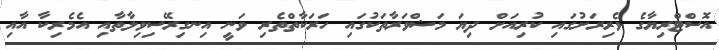
އޮސްޓްރިޔާގެ ވެރިރަށުގައި ކުރިއަށް ދިޔަ މަޝްވަރާތަކުގައި ހަރަކާތްތެރި ވަނީ އިނގިރޭސިވިލާތާއި އެމެރިކާ އާއި